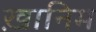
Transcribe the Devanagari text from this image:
ख़ानिम